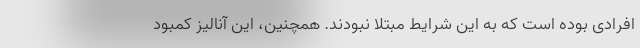
افرادی بوده است که به این شرایط مبتلا نبودند. همچنین، این آنالیز کمبود